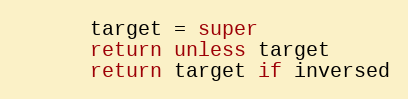
Language: Ruby
      target = super
      return unless target
      return target if inversed